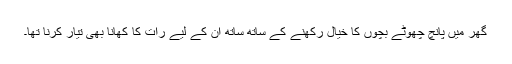
گھر میں پانچ چھوٹے بچوں کا خیال رکھنے کے ساتھ ساتھ ان کے لیے رات کا کھانا بھی تیار کرنا تھا۔